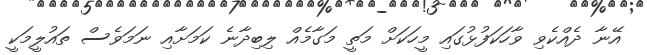
އޭނާ ދެއްކެވި ވާހަކަފުޅުގައި މީހަކަށް މަތީ މަގާމެއް ލިބިދާނެ ކަމަށާއި ނަމަވެސް ތައުލީމަކީ